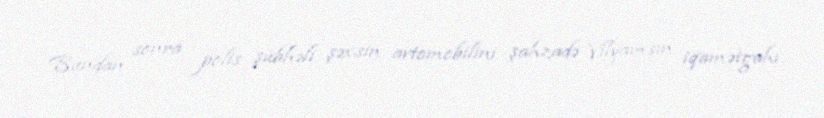
Bundan sonra polis şübhəli şəxsin avtomobilini şahzadə Vilyamsın iqamətgahı